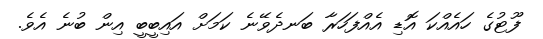
ފޫޓުގެ ހައެއްކަ އޮޑި އެއްފަހަރާ ބަނދެވޭނެ ކަމަށް އައިބީބީ އިން ބުނެ އެވެ.